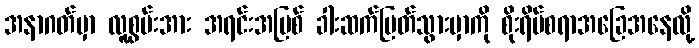
အနာဂတ်မှာ လူ့စွမ်းအား အရင်းအမြစ် ခါးဆက်ပြတ်သွားမှာကို စိုးရိမ်စရာအခြေအနေလို့